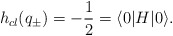
\begin{align*}h_{cl}(q_{\pm})=-\frac{1}{2}=\langle 0|H|0 \rangle.\end{align*}